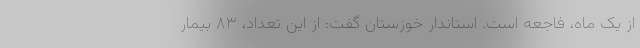
از یک ماه، فاجعه است. استاندار خوزستان گفت: از این تعداد، ۸۳ بیمار